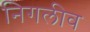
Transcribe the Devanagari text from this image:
निगलीव